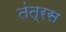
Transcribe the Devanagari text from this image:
तंत्रस